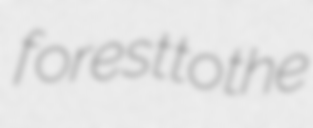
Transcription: forest to the